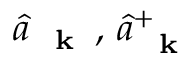
\hat { a } _ { \mathrm { ~ \bf ~ k ~ } } \, , \, \hat { a } _ { \mathrm { ~ \bf ~ k ~ } } ^ { + }